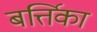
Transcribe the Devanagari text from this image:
बर्त्तिका